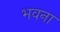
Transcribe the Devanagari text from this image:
भवना